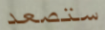
ستصعد